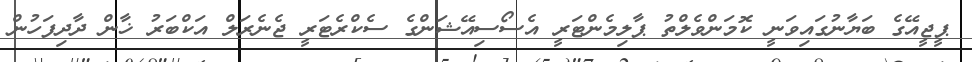
ޕީޖީއޭގެ ބަޔާނުގައިވަނީ ކޮމަންވެލްތު ޕާލިމެންޓަރީ އެސޯސިއޭޝަންގެ ސެކްރެޓަރީ ޖެނެރަލް އަކްބަރު ޚާން ދާދިފަހުން